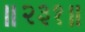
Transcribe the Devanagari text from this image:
॥२३१॥